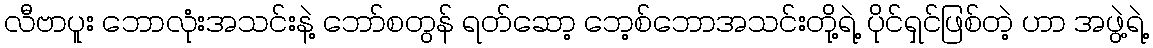
လီဗာပူး ဘောလုံးအသင်းနဲ့ ဘော်စတွန် ရတ်ဆော့ ဘေ့စ်ဘောအသင်းတို့ရဲ့ ပိုင်ရှင်ဖြစ်တဲ့ ဟာ အဖွဲ့ရဲ့